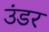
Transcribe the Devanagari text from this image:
उंडर